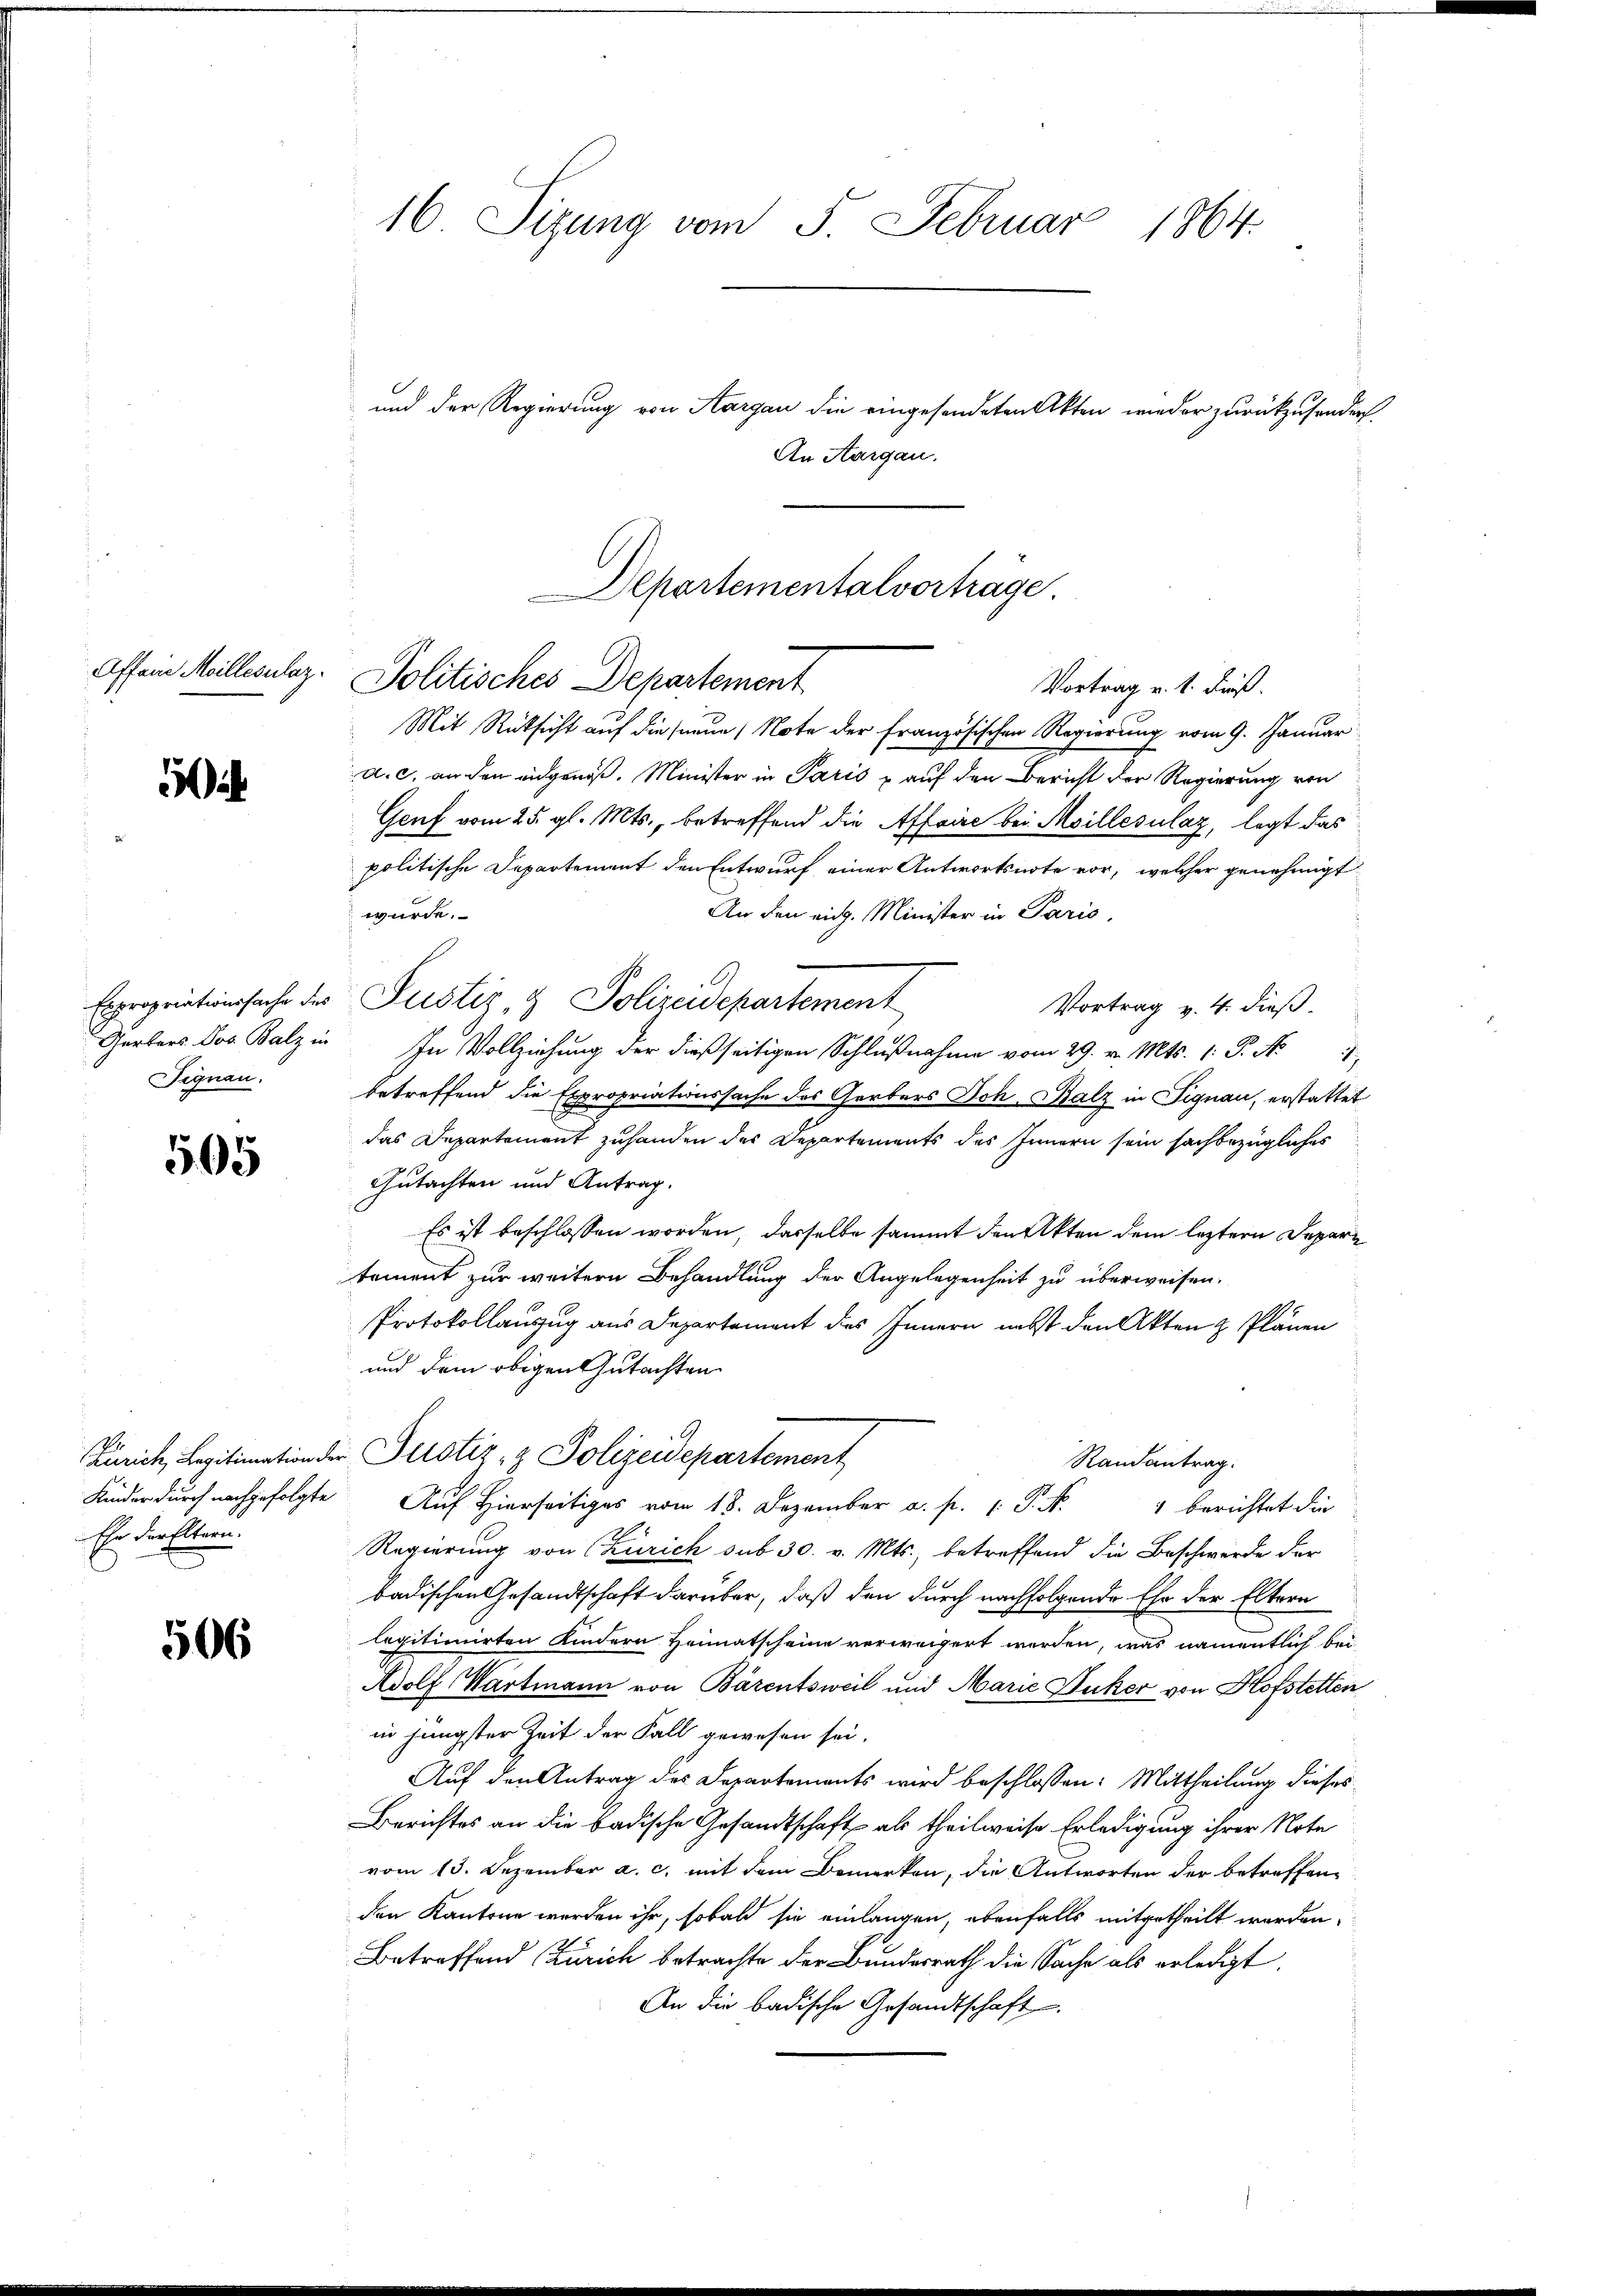
Affeine Meillerulaz

i

Signau.

565

Kinder durch nachgefolgte
Ehr der Eltern.

506

16. Sizung vom 5. Februar
184.

Departementalvortrage.
Politisches Departement
Vortrag v. 1. dieß.

Mit Rücksicht auf diesenen Note der Französischen Regierung vom 9. Januar
a. c. an den eidgenöß. Minister in Paris u auf den Bericht der Regierung von
Genf vom 25. gl. Mts., betreffend die Affaire bei Moillesilaz, legt das
politische Departement den Entwurf einer Antwortsnote vor, welcher genehmigt
würde.
An den eidg. Minister in Paris,
Expropriationssache der Justiz & Polizeidepartement
Vortrag v. 4. dieß.
erer Balin In Vollziehung der dießseitigen Schlŭβnahme vom 29. v. Mts. 1. P. Nr. 7
betreffend die Expropriationssache des Gerbers Joh. Balz in Signau, erstattet
das Departement zuhanden des Departements des Innern sein sachbezügliches
Gutachten und Antrag.
Es ist beschlossen worden, dasselbe sammt den Akten dem leztern Depar
tement zur weitern Behandlung der Angelegenheit zu überweisen.
Protokollauszug aus Departement des Innern nebst den Akten & Plänen
und dem obigen Gutachten
Zürich, Legitimation der Petstiz- & Polizeidepartement
Randantrag:
Auf hierseits vom 18. Dezember a. p. 1. P. Nr. 1 berichtet die
Regierung von (Zürich sub 30. v. Mts., betreffend die Beschwerde der
badischen Gesandtschaft darüber, daß den durch nachfolgende Ehe der Eltern
legitionirten Kindern Heimatscheine verweigert werden, was namentlich bei
Adolf Wartmann von Bärentsweil und Marie Duker von Hofstetten
in jüngster Zeit der Fall gewesen sei.
Auf den Antrag des Departements wird beschlossen: Mittheilung dieses
Berichtes an die badische Gesandtschaft als theilweise Erledigung ihrer Note
vom 13. Dezember a. c. mit dem Bemerken, die Antworten der betreffenden Kantone werden ihr, sobald sie einlangen, ebenfalls mitgetheilt werden.
Betreffend Zürich betrachte der Bundesrath die Sache als erledigt.
An die badische Gesandtschaft

und der Regierung von Aargau die eingesendeten Akten wieder zurückzusendert.
An Aargau.